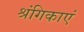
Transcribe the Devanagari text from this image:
श्रंगिकाएं